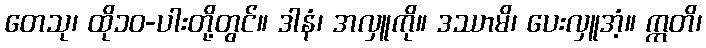
တေသု၊ ထို၁၀-ပါးတို့တွင်။ ဒါနံ၊ အလှူကို။ ဒဿာမိ၊ ပေးလှူအံ့။ ဣတိ၊